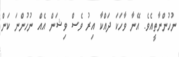
ނުހުންނާތީއެވެ. އޭނާ ވާހަކަ ދައްކާ އިރު ވެސް ވިޝަން އެއް ނުހުންނަ ކަން